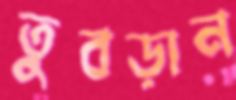
তুবড়ান